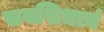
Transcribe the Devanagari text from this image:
सवसिधानं